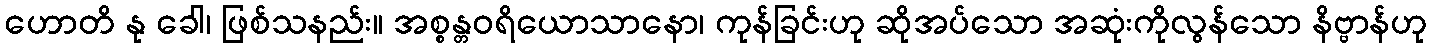
ဟောတိ နု ခေါ၊ ဖြစ်သနည်း။ အစ္စန္တဝရိယောသာနော၊ ကုန်ခြင်းဟု ဆိုအပ်သော အဆုံးကိုလွန်သော နိဗ္ဗာန်ဟု